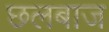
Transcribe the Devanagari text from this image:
छलबाज